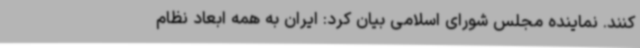
کنند. نماینده مجلس شورای اسلامی بیان کرد: ایران به همه ابعاد نظام